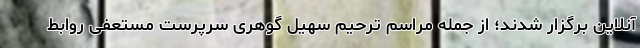
آنلاین برگزار شدند؛ از جمله مراسم ترحیم سهیل گوهری سرپرست مستعفی روابط